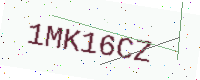
Text: 1MK16CZ